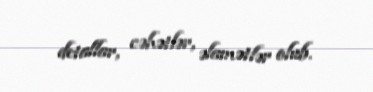
detallar, cəhətlər, əlamətlər olub.